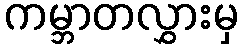
ကမ္ဘာတလွှားမှ